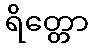
ရိတ္တော